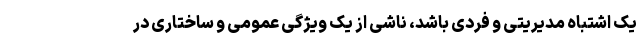
یک اشتباه مدیریتی و فردی باشد، ناشی از یک ویژگی عمومی و ساختاری در